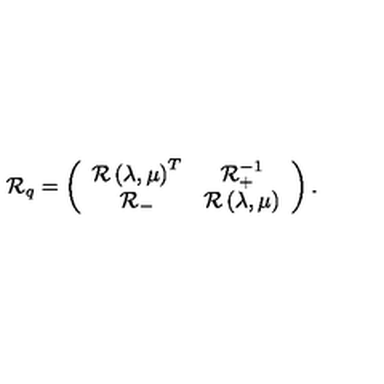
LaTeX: { \cal R } _ { q } = \left( \begin{array} { c c } { { \cal R } \left( \lambda , \mu \right) ^ { T } } & { { \cal R } _ { + } ^ { - 1 } } \\ { { \cal R } _ { - } } & { { \cal R } \left( \lambda , \mu \right) } \\ \end{array} \right) .